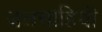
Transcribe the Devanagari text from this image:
जलसाहियों